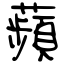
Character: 蘋